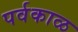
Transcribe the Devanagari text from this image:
पर्वकाळ